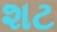
શટ